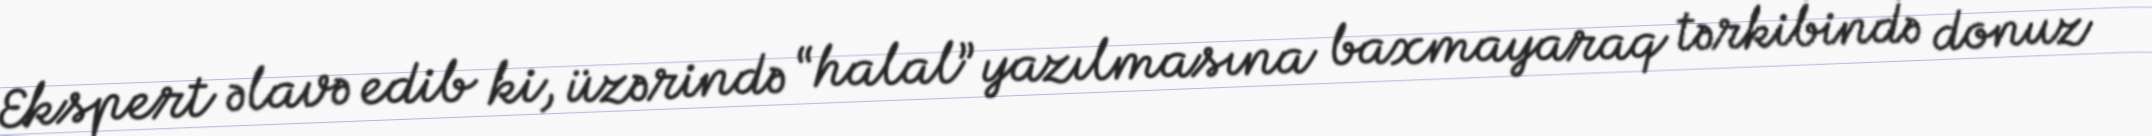
Ekspert əlavə edib ki, üzərində “halal” yazılmasına baxmayaraq tərkibində donuz